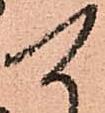
可